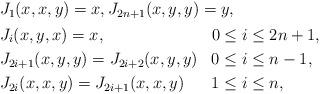
LaTeX: \begin{align*} \begin{aligned} & J_1(x,x,y) = x, J_{2n+1}(x,y,y) = y, \\ & \begin{aligned} & J_i(x,y,x) = x, & & 0\leq i\leq 2n+1, \\ & J_{2i+1}(x,y,y) = J_{2i+2}(x,y,y) & & 0\leq i\leq n-1, \\ & J_{2i}(x,x,y) = J_{2i+1}(x,x,y) & & 1\leq i\leq n, \end{aligned}\end{aligned} \end{align*}